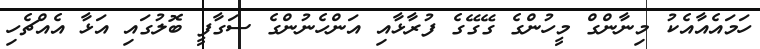
ހަމައެއާއެކު މިނާންގް މީހުންގެ ގޭގޭގެ ފުރާޅާއި އަންހެނުންގެ ސަގާފީ ބޮލުގައި އަޅާ އެއްޗެހި